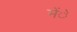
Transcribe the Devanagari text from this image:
मेंे